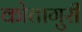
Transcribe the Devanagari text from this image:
कोतागुरी